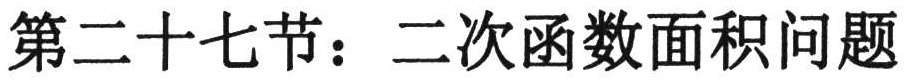
第二十七节：二次函数面积问题